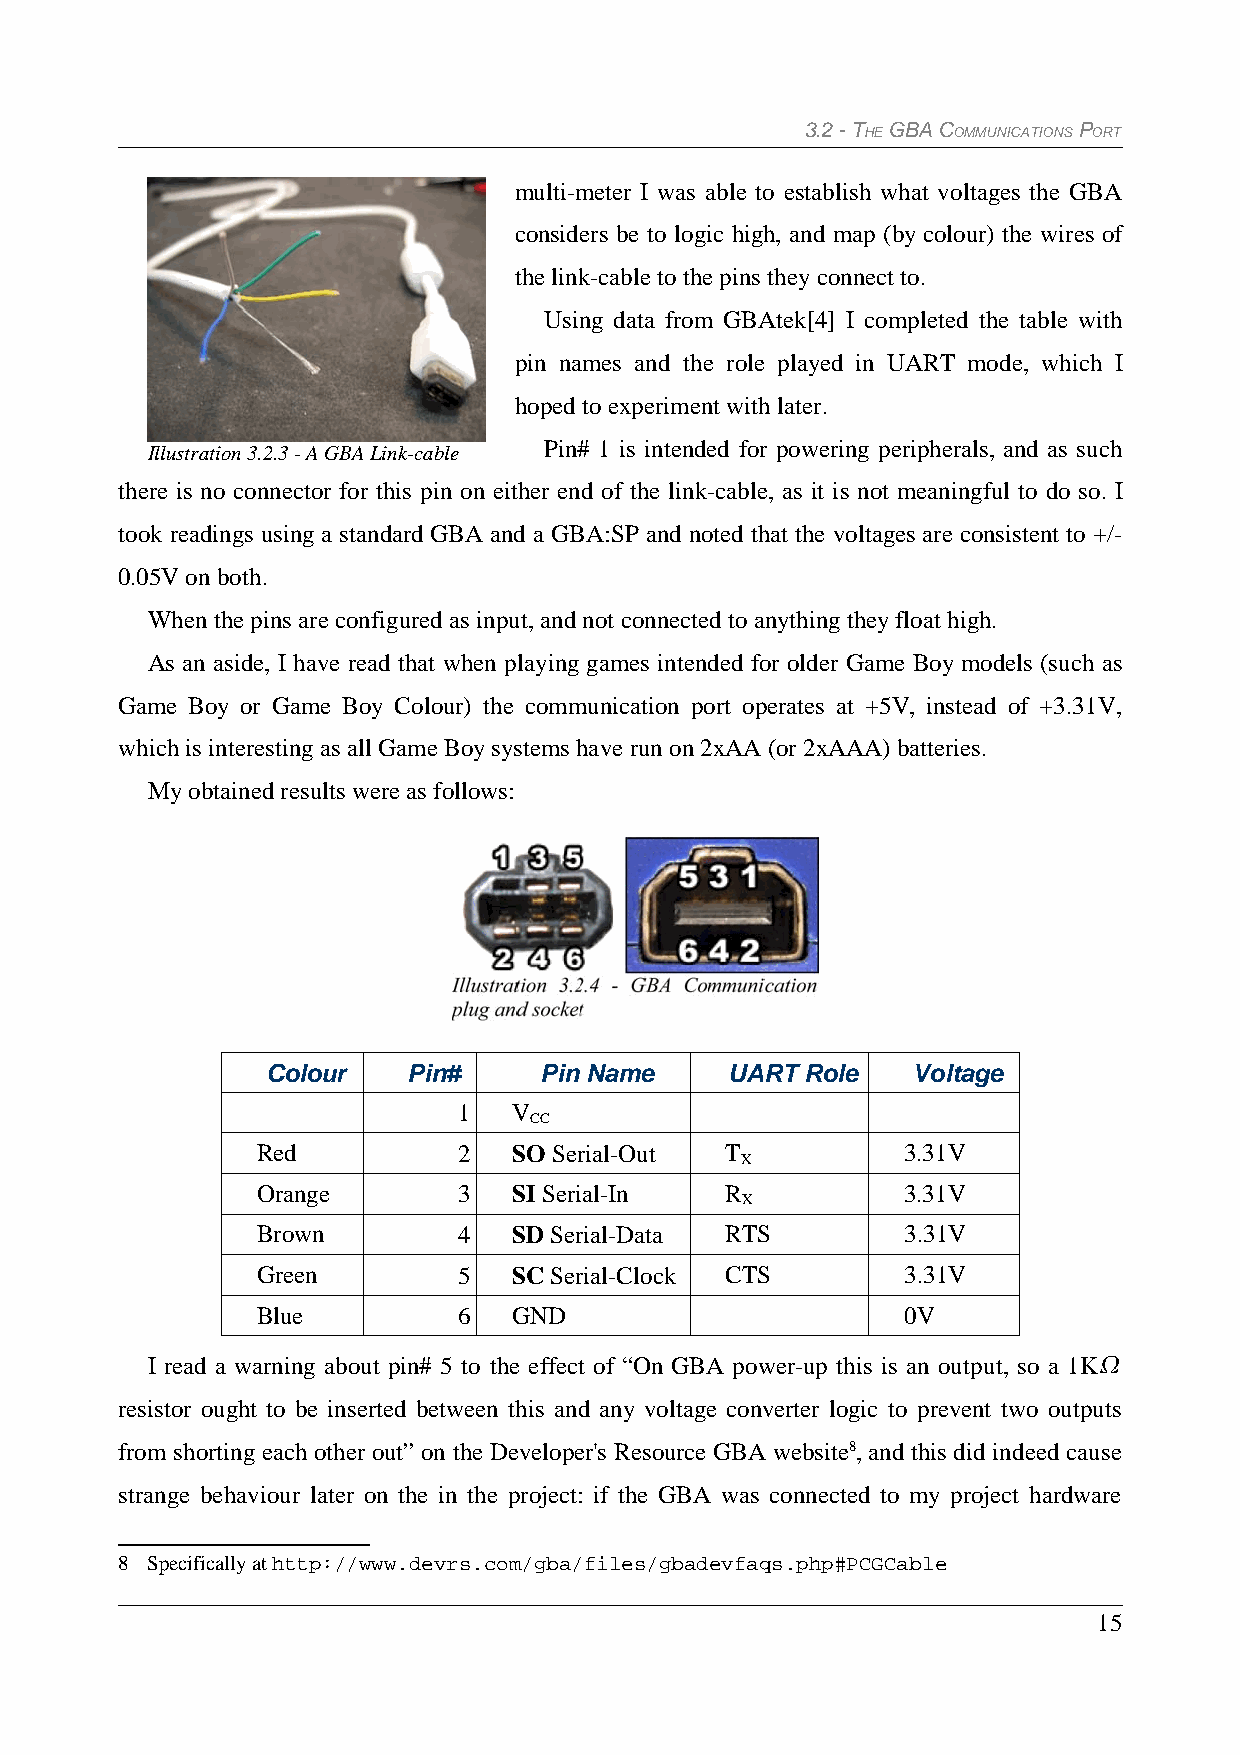
3.2 - THE GBA COMMUNICATIONS PORT
 multi-meter I was able to establish what voltages the GBA
 considers be to logic high, and map (by colour) the wires of
 the link-cable to the pins they connect to.
 Using data from GBAtek[4] I completed the table with
 pin names and the role played in UART mode, which I
 hoped to experiment with later.
 Illustration 3.2.3 - A GBA Link-cable Pin# 1 is intended for powering peripherals, and as such
 there is no connector for this pin on either end of the link-cable, as it is not meaningful to do so. I
 took readings using a standard GBA and a GBA:SP and noted that the voltages are consistent to +/-
 0.05V on both.
 When the pins are configured as input, and not connected to anything they float high.
 As an aside, I have read that when playing games intended for older Game Boy models (such as
 Game Boy or Game Boy Colour) the communication port operates at +5V, instead of +3.31V,
 which is interesting as all Game Boy systems have run on 2xAA (or 2xAAA) batteries.
 My obtained results were as follows:
 Colour   Pin#     Pin Name    UART Role   Voltage
 1   V
 CC
 Red          2   SO Serial-Out T           3.31V
 X
 Orange       3   SI Serial-In  R           3.31V
 X
 Brown        4   SD Serial-Data RTS        3.31V
 Green        5   SC Serial-Clock CTS       3.31V
 Blue         6   GND                       0V
 I read a warning about pin# 5 to the effect of “On GBA power-up this is an output, so a 1K
 resistor ought to be inserted between this and any voltage converter logic to prevent two outputs
 from shorting each other out” on the Developer's Resource GBA website8, and this did indeed cause
 strange behaviour later on the in the project: if the GBA was connected to my project hardware
 8 Specifically at http://www.devrs.com/gba/files/gbadevfaqs.php#PCGCable
 15